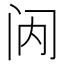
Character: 𮤯